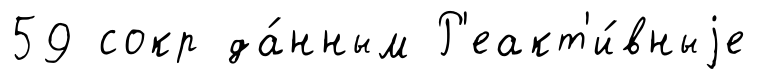
59 сокр да́нным Р'еакт'и́вныjе